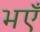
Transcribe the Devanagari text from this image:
भएँ